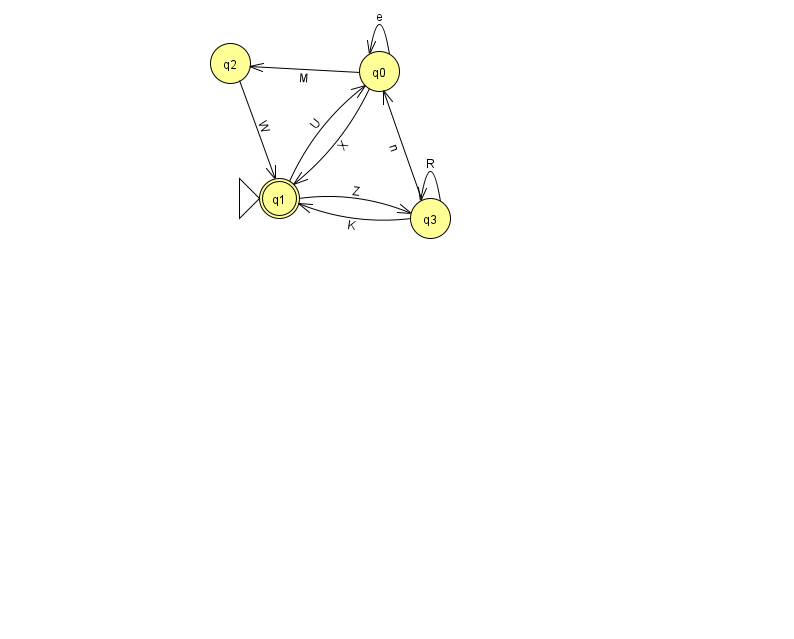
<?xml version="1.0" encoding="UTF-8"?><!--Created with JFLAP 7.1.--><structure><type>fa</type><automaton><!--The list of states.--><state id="0" name="q0"><x>379.0</x><y>58.0</y></state><state id="1" name="q1"><x>279.0</x><y>185.0</y><initial/><final/></state><state id="2" name="q2"><x>230.0</x><y>50.0</y></state><state id="3" name="q3"><x>430.0</x><y>205.0</y></state><!--The list of transitions.--><transition><from>1</from><to>0</to><read>U</read></transition><transition><from>3</from><to>3</to><read>R</read></transition><transition><from>0</from><to>0</to><read>e</read></transition><transition><from>2</from><to>1</to><read>W</read></transition><transition><from>0</from><to>2</to><read>M</read></transition><transition><from>3</from><to>0</to><read>n</read></transition><transition><from>3</from><to>1</to><read>K</read></transition><transition><from>1</from><to>3</to><read>Z</read></transition><transition><from>0</from><to>1</to><read>X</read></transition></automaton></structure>